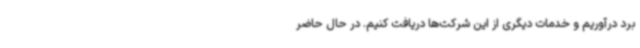
برد درآوریم و خدمات دیگری از این شرکت‌ها دریافت کنیم. در حال حاضر